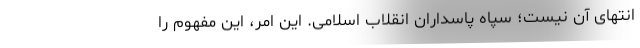
انتهای آن نیست؛ سپاه پاسداران انقلاب اسلامی. این امر، این مفهوم را